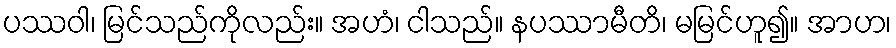
ပဿဝါ၊ မြင်သည်ကိုလည်း။ အဟံ၊ ငါသည်။ နပဿာမီတိ၊ မမြင်ဟူ၍။ အာဟ၊